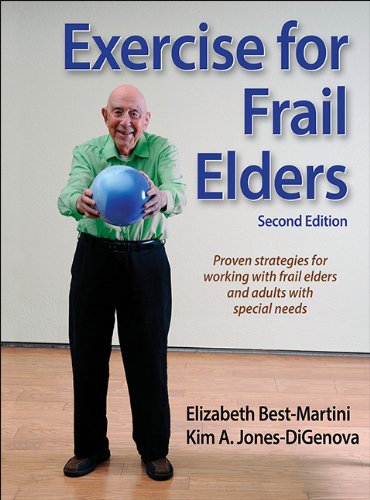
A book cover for Exercise for Frail Elders-2nd Edition; Elizabeth Best-Martini; Health, Fitness & Dieting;